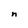
Character: n